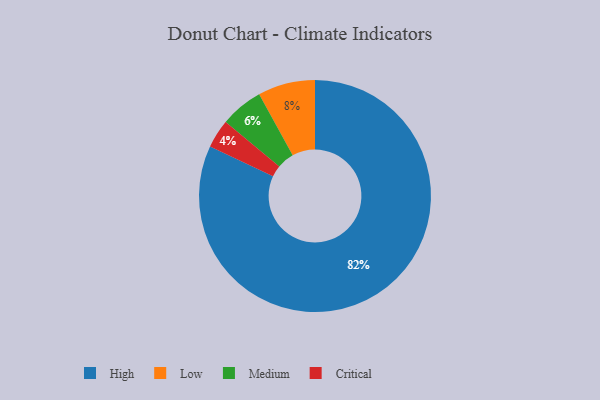
{"axis": {"x": "Category", "y": "Percentage"}, "legend": ["Critical", "High", "Low", "Medium"], "data": [{"x": "Medium", "y": 6, "type": "Medium"}, {"x": "Low", "y": 8, "type": "Low"}, {"x": "High", "y": 82, "type": "High"}, {"x": "Critical", "y": 4, "type": "Critical"}]}